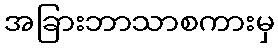
အခြားဘာသာစကားမှ